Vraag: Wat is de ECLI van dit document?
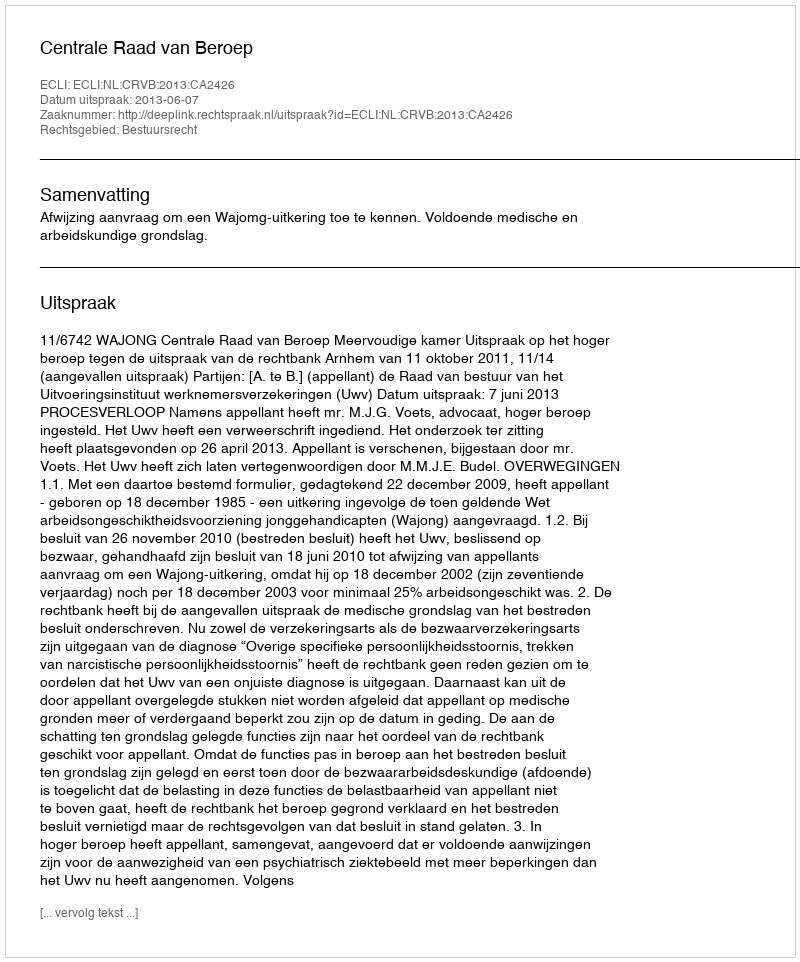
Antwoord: ECLI:NL:CRVB:2013:CA2426